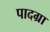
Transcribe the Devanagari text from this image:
पादग्रा